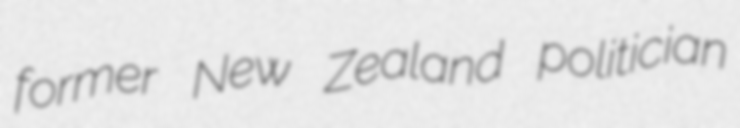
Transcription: former New Zealand politician